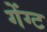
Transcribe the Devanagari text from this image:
गेंग्ट